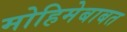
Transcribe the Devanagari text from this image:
मोहिमेबाबत